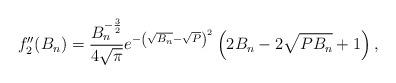
LaTeX: \begin{align*}f_2''(B_n)& = \frac{B_n^{-\frac32}}{{4\sqrt{\pi}}} e^{-\left(\sqrt{B_n}-\sqrt{P}\right)^2} \left( 2B_n - 2 \sqrt{PB_n}+ 1\right),\end{align*}